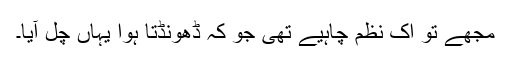
مجھے تو اک نظم چاہیے تھی جو کہ ڈھونڈتا ہوا یہاں چل آیا۔